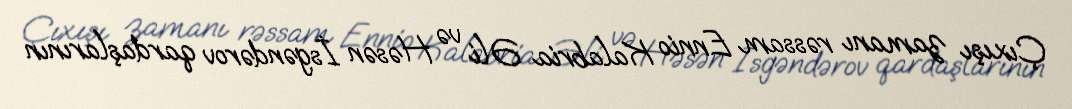
Çıxışı zamanı rəssam Ennio Kalabria Əli və Həsən İsgəndərov qardaşlarının